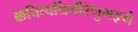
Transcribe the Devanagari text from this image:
क्कचित्पद्मिनीरेणुभङ्गे